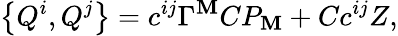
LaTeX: \left\{ Q^{i},Q^{j}\right\} =c^{ij}\Gamma^{\mathbf{M}}CP_{\mathbf{M}}+Cc^{ij}Z,